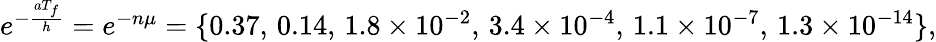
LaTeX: \begin{array}{r}{e^{-\frac{aT_{f}}{h}}=e^{-n\mu}=\{ 0.37,\, 0.14,\, 1.8\times 10^{-2},\, 3.4\times 10^{-4},\, 1.1\times 10^{-7},\, 1.3\times 10^{-14}\} ,}\end{array}